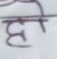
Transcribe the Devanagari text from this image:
छा